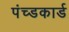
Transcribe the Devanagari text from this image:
पंच्डकार्ड